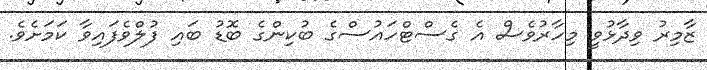
ޒާމިރު ވިދާޅުވީ މިހާރުވެސް އެ ގެސްޓްހައުސްގެ ބުކިންގެ ބޮޑު ބައި ފުލްވެފައިވާ ކަމަށެވެ.